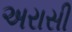
અરાસી